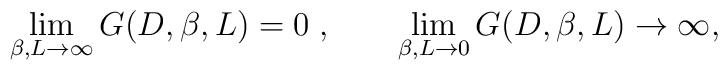
\lim_{\beta ,L\rightarrow \infty }G(D,\beta,L)=0\;,\;\;\;\;\;\;\;\lim_{\beta ,L\rightarrow 0}G(D,\beta ,L)\rightarrow\infty ,